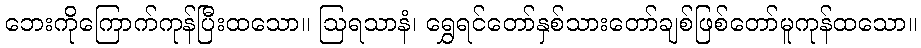
ဘေးကိုကြောက်ကုန်ပြီးထသော။ ဩရသာနံ၊ ရွှေရင်တော်နှစ်သားတော်ချစ်ဖြစ်တော်မူကုန်ထသော။